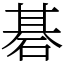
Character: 碁